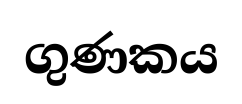
ගුණකය